Annual report of the Punjab Veterinary College and of the Civil Veterinary Department, Punjab - 1894-1908
Year: 1894
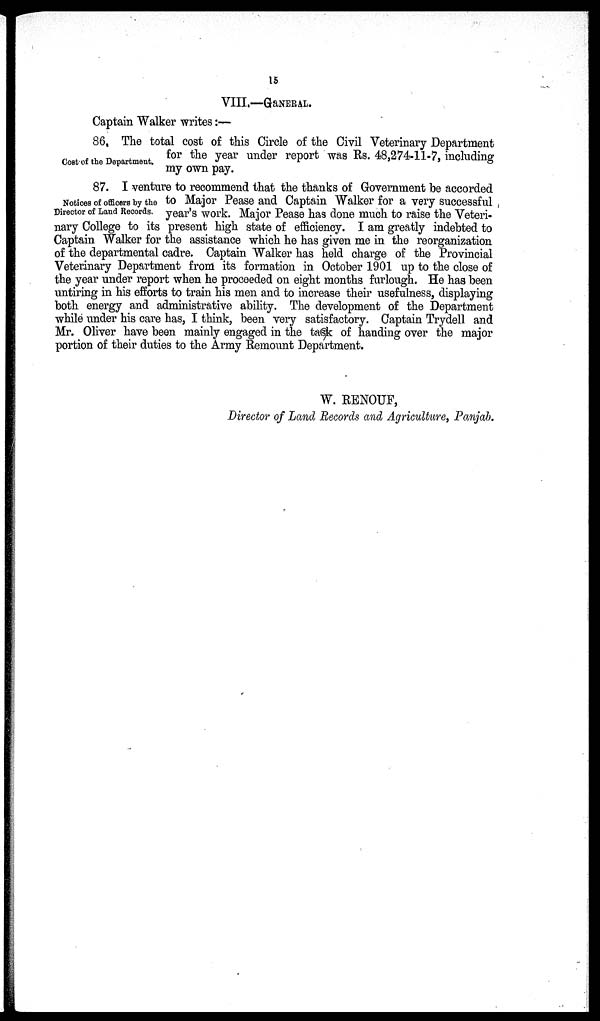
15
VIII.—GENERAL.
Captain Walker writes:—
Cost of the Department.
86, The total cost of this Circle of the Civil Veterinary Department
for the year under report was Rs. 48,274-11-7, including
my own pay.
Notices of officers by the
Director of Land Records.
87. I venture to recommend that the thanks of Government be accorded
to Major Pease and Captain Walker for a very successful
year's work. Major Pease has done much to raise the Veteri-
nary College to its present high state of efficiency. I am greatly indebted to
Captain Walker for the assistance which he has given me in the reorganization
of the departmental cadre. Captain Walker has held charge of the Provincial
Veterinary Department from its formation in October 1901 up to the close of
the year under report when he proceeded on eight months furlough. He has been
untiring in his efforts to train his men and to increase their usefulness, displaying
both energy and administrative ability. The development of the Department
while under his care has, I think, been very satisfactory. Captain Trydell and
Mr. Oliver have been mainly engaged in the task of handing over the major
portion of their duties to the Army Remount Department.
W. RENOUF,
Director of Land Records and Agriculture, Panjab.